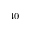
_ { 4 0 }